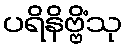
ပရိနိဗ္ဗိံသု